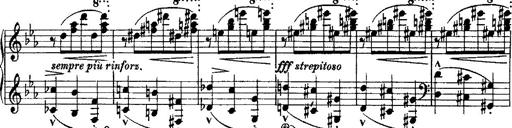
Title: Grande valse di bravura
Composer: Franz Liszt